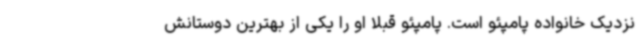
نزدیک خانواده پامپئو است. پامپئو قبلا او را یکی از بهترین دوستانش